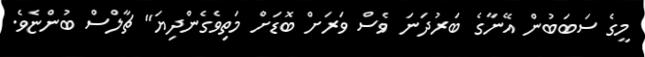
މީގެ ސަބަބުން އޭނާގެ ބަރުދަނަ ވެސް ވަރަށް ބޮޑަށް މަތިވެގެންދިޔަ" ޗާލްސް ބުންޏެވެ.